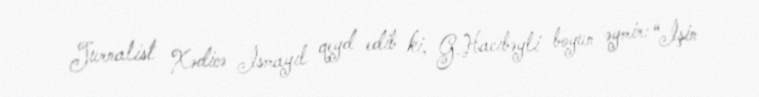
Jurnalist Xədicə İsmayıl qeyd edib ki, G.Hacıbəyli boyun əymir: “İşin